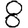
Digit: 8